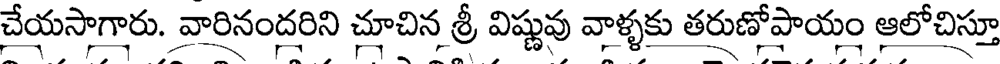
చేయసాగారు. వారినందరిని చూచిన శ్రీ విష్ణువు వాళ్ళకు తరుణోపాయం ఆలోచిస్తూ